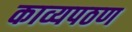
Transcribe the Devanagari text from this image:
काव्यपठण